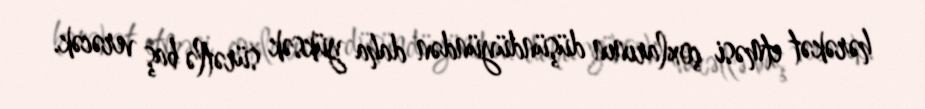
hərəkət etməsi çoxlarının düşündüyündən daha yüksək sürətlə baş verəcək.